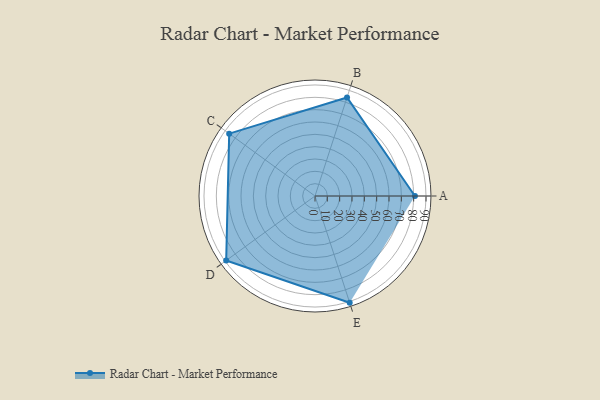
{"axis": {"x": "Skill", "y": "Score"}, "legend": ["Profile"], "data": [{"x": "A", "y": 81.0, "type": "Profile"}, {"x": "B", "y": 84.0, "type": "Profile"}, {"x": "C", "y": 86.0, "type": "Profile"}, {"x": "D", "y": 89.0, "type": "Profile"}, {"x": "E", "y": 91.0, "type": "Profile"}]}